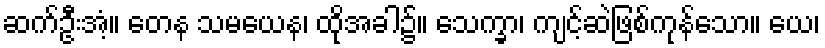
ဆက်ဦးအံ့။ တေန သမယေန၊ ထိုအခါ၌။ သေက္ခာ၊ ကျင့်ဆဲဖြစ်ကုန်သော။ ယေ၊